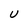
Character: U